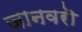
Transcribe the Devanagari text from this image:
जानवरॊ